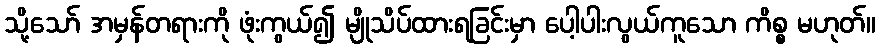
သို့သော် အမှန်တရားကို ဖုံးကွယ်၍ မျိုသိပ်ထားရခြင်းမှာ ပေါ့ပါးလွယ်ကူသော ကိစ္စ မဟုတ်။